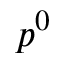
p ^ { 0 }